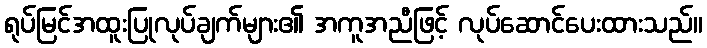
ရုပ်မြင်အထူးပြုလုပ်ချက်များ၏ အကူအညီဖြင့် လုပ်ဆောင်ပေးထားသည်။